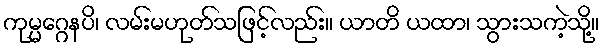
ကုမ္မဂ္ဂေနပိ၊ လမ်းမဟုတ်သဖြင့်လည်း။ ယာတိ ယထာ၊ သွားသကဲ့သို့။